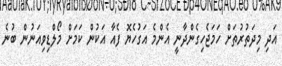
އަދި މިދަތުރުތަށް ހަމަޖެހިގެންދާނީ އެންމެ އަގުހެޔޮ ފެއާ އަކުން ކަމަށް މޯލްޑިވިއަނުން ބުނެ